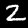
Label: 2